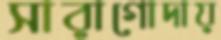
সারাগোদায়